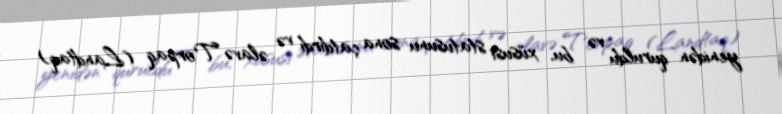
yenidən quruldu və bu, xüsusi statusunu sona çatdırdı və əlavə Torpaq (Landtaq)